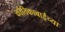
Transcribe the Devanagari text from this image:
कौतिकाबाईंच्या